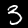
Digit: 3